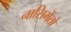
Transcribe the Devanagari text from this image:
नासिमेंतो